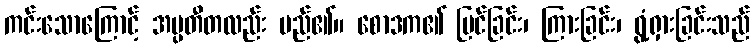
ကင်းသောကြောင့် အပ္ပတီတလည်း မည်၏။ စောဒက၏ မြင်ခြင်း၊ ကြားခြင်း၊ ရွံ့ရှားခြင်းသည်